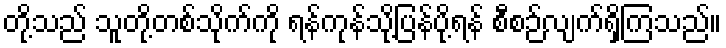
တို့သည် သူတို့တစ်သိုက်ကို ရန်ကုန်သို့ပြန်ပို့ရန် စီစဉ်လျက်ရှိကြသည်။